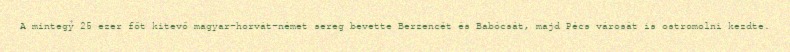
A mintegy 25 ezer főt kitevő magyar-horvát-német sereg bevette Berzencét és Babócsát, majd Pécs városát is ostromolni kezdte.